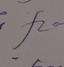
Signature authenticity: genuine